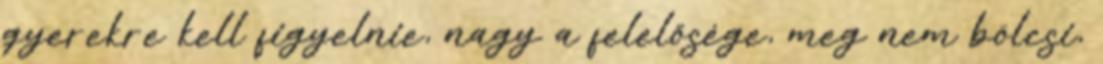
gyerekre kell figyelnie, nagy a felelősége, meg nem bölcsi,